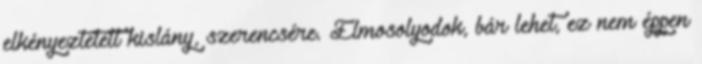
elkényeztetett kislány, szerencsére. Elmosolyodok, bár lehet, ez nem éppen